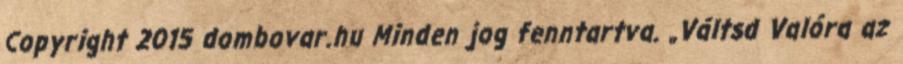
Copyright 2015 dombovar.hu Minden jog fenntartva. „Váltsd Valóra az